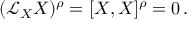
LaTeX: ( { \mathcal { L } } _ { X } X ) ^ { \rho } = [ X , X ] ^ { \rho } = 0 \, .